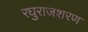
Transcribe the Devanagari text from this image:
रघुराजशरण